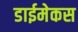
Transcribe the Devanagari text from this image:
डाईमेकस